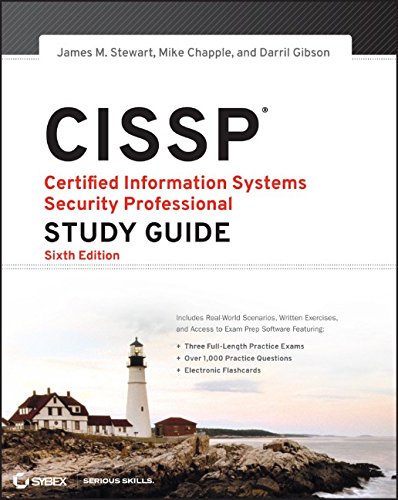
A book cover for CISSP: Certified Information Systems Security Professional Study Guide; James M. Stewart; Computers & Technology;